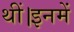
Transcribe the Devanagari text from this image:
थीं।इनमें